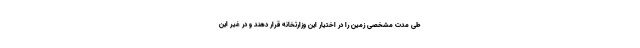
طی مدت مشخصی زمین را در اختیار این وزارتخانه قرار دهند و در غیر این